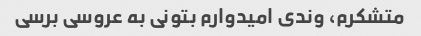
متشکرم، وندی امیدوارم بتونی به عروسی برسی